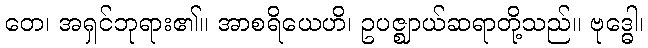
တေ၊ အရှင်ဘုရား၏။ အာစရိယေဟိ၊ ဥပဇ္ဈာယ်ဆရာတို့သည်။ ဗုဒ္ဓေါ၊